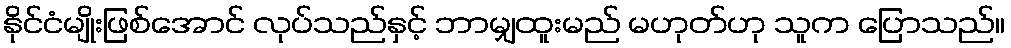
နိုင်ငံမျိုးဖြစ်အောင် လုပ်သည်နှင့် ဘာမျှထူးမည် မဟုတ်ဟု သူက ပြောသည်။